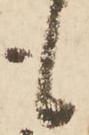
も